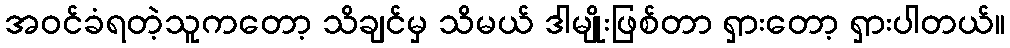
အဝင်ခံရတဲ့သူကတော့ သိချင်မှ သိမယ် ဒါမျိုးဖြစ်တာ ရှားတော့ ရှားပါတယ်။